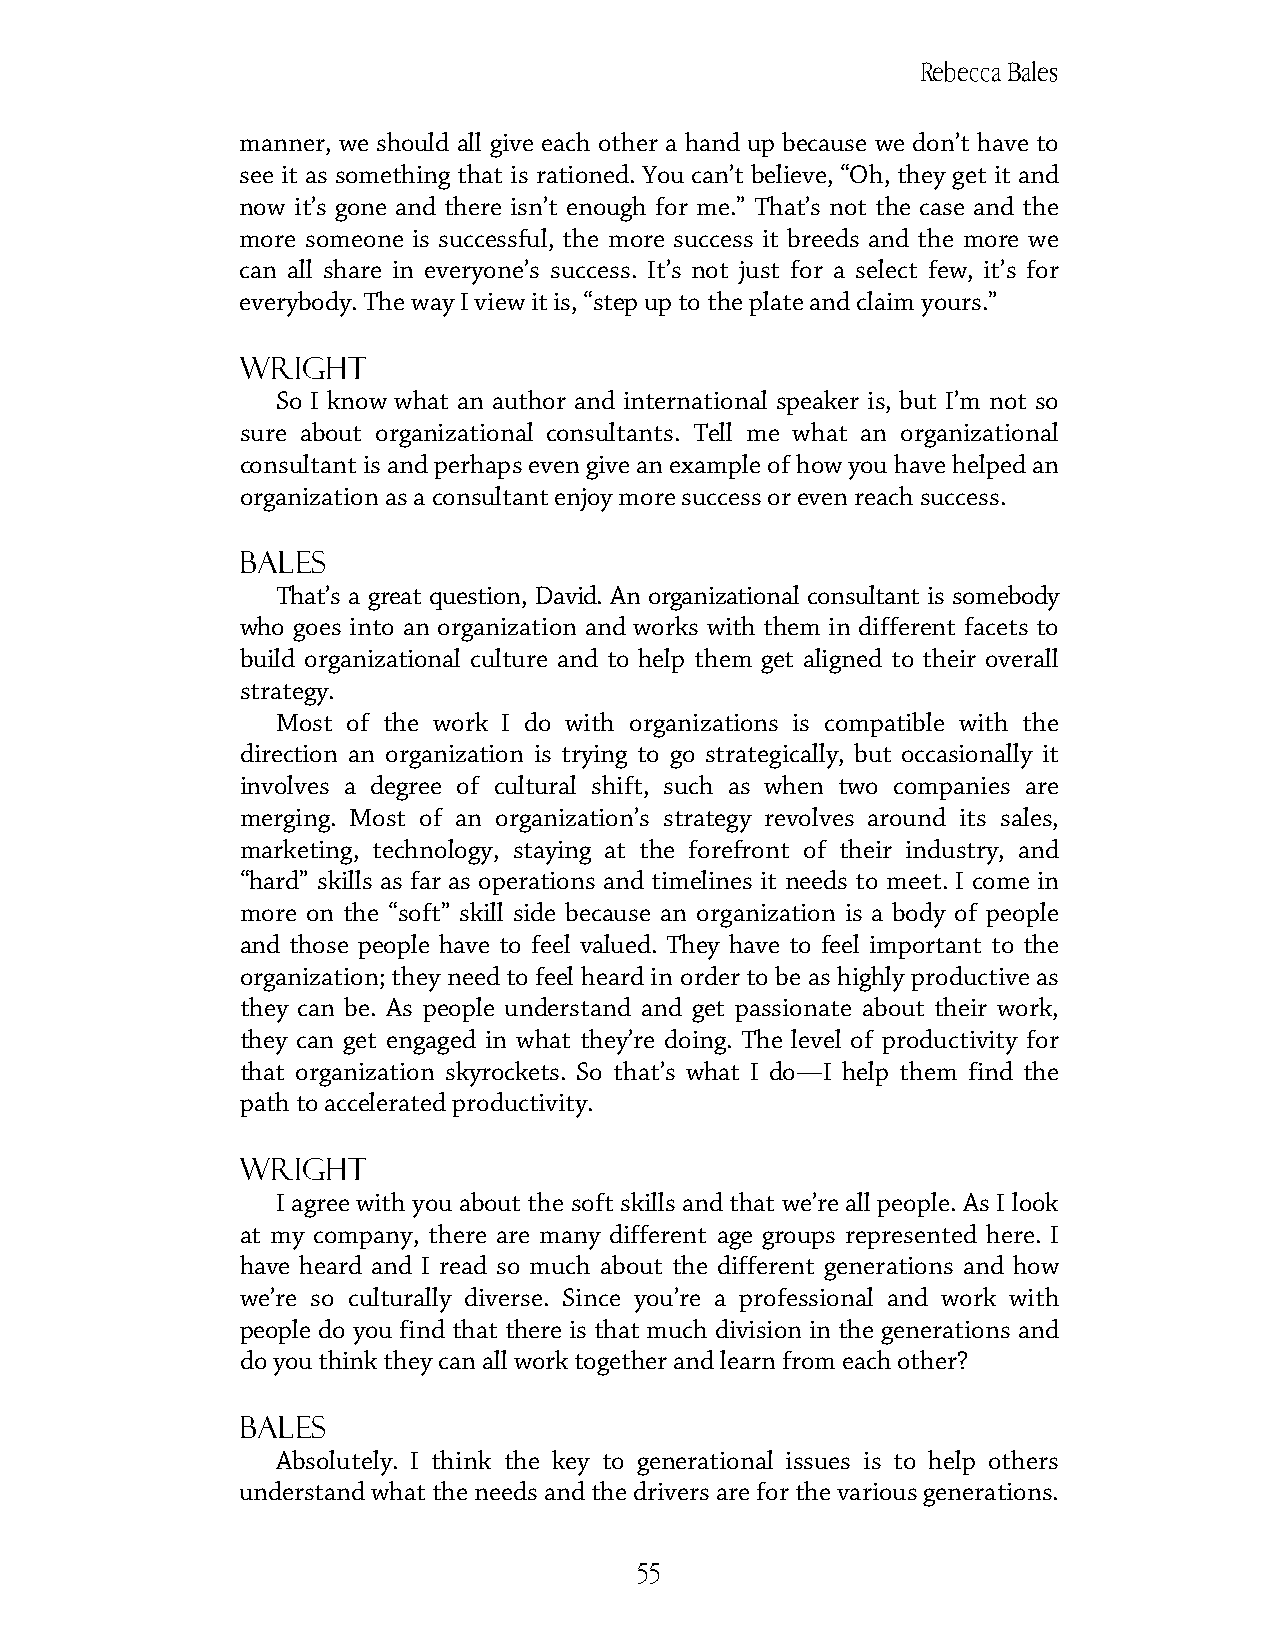
Rebecca Bales
 manner, we should all give each other a hand up because we don’t have to
 see it as something that is rationed. You can’t believe, “Oh, they get it and
 now it’s gone and there isn’t enough for me.” That’s not the case and the
 more someone is successful, the more success it breeds and the more we
 can all share in everyone’s success. It’s not just for a select few, it’s for
 everybody. The way I view it is, “step up to the plate and claim yours.”
 Wright
 So I know what an author and international speaker is, but I’m not so
 sure about organizational consultants. Tell me what an organizational
 consultant is and perhaps even give an example of how you have helped an
 organization as a consultant enjoy more success or even reach success.
 Bales
 That’s a great question, David. An organizational consultant is somebody
 who goes into an organization and works with them in different facets to
 build organizational culture and to help them get aligned to their overall
 strategy.
 Most of the work I do with organizations is compatible with the
 direction an organization is trying to go strategically, but occasionally it
 involves a degree of cultural shift, such as when two companies are
 merging. Most of an organization’s strategy revolves around its sales,
 marketing, technology, staying at the forefront of their industry, and
 “hard” skills as far as operations and timelines it needs to meet. I come in
 more on the “soft” skill side because an organization is a body of people
 and those people have to feel valued. They have to feel important to the
 organization; they need to feel heard in order to be as highly productive as
 they can be. As people understand and get passionate about their work,
 they can get engaged in what they’re doing. The level of productivity for
 that organization skyrockets. So that’s what I do—I help them find the
 path to accelerated productivity.
 Wright
 I agree with you about the soft skills and that we’re all people. As I look
 at my company, there are many different age groups represented here. I
 have heard and I read so much about the different generations and how
 we’re so culturally diverse. Since you’re a professional and work with
 people do you find that there is that much division in the generations and
 do you think they can all work together and learn from each other?
 Bales
 Absolutely. I think the key to generational issues is to help others
 understand what the needs and the drivers are for the various generations.
 55